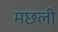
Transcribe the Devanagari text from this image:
मछली